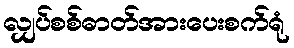
လျှပ်စစ်ဓာတ်အားပေးစက်ရုံ